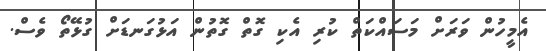
އެމީހުން ވަރަށް މަސައްކަތް ކުރި އެކި ގޮތް ގޮތުން އަޅުގަނޑަށް ގުޅޭތޯ ވެސް.